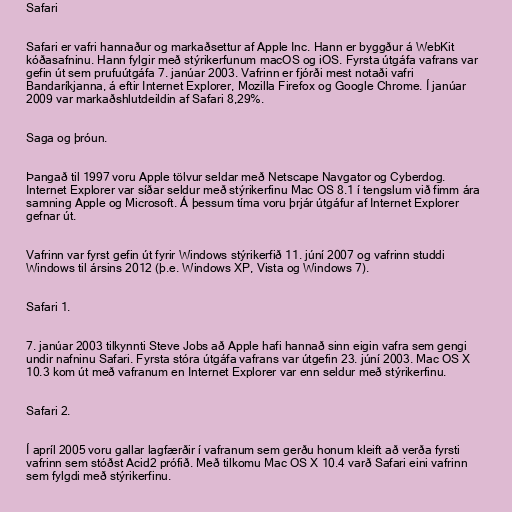
Safari

Safari er vafri hannaður og markaðsettur af Apple Inc. Hann er byggður á WebKit
kóðasafninu. Hann fylgir með stýrikerfunum macOS og iOS. Fyrsta útgáfa vafrans var
gefin út sem prufuútgáfa 7. janúar 2003. Vafrinn er fjórði mest notaði vafri
Bandaríkjanna, á eftir Internet Explorer, Mozilla Firefox og Google Chrome. Í janúar
2009 var markaðshlutdeildin af Safari 8,29%.

Saga og þróun.

Þangað til 1997 voru Apple tölvur seldar með Netscape Navgator og Cyberdog.
Internet Explorer var síðar seldur með stýrikerfinu Mac OS 8.1 í tengslum við fimm ára
samning Apple og Microsoft. Á þessum tíma voru þrjár útgáfur af Internet Explorer
gefnar út.

Vafrinn var fyrst gefin út fyrir Windows stýrikerfið 11. júní 2007 og vafrinn studdi
Windows til ársins 2012 (þ.e. Windows XP, Vista og Windows 7).

Safari 1.

7. janúar 2003 tilkynnti Steve Jobs að Apple hafi hannað sinn eigin vafra sem gengi
undir nafninu Safari. Fyrsta stóra útgáfa vafrans var útgefin 23. júní 2003. Mac OS X
10.3 kom út með vafranum en Internet Explorer var enn seldur með stýrikerfinu.

Safari 2.

Í apríl 2005 voru gallar lagfærðir í vafranum sem gerðu honum kleift að verða fyrsti
vafrinn sem stóðst Acid2 prófið. Með tilkomu Mac OS X 10.4 varð Safari eini vafrinn
sem fylgdi með stýrikerfinu.